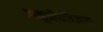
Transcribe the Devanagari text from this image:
अणुजीवविज्ञान